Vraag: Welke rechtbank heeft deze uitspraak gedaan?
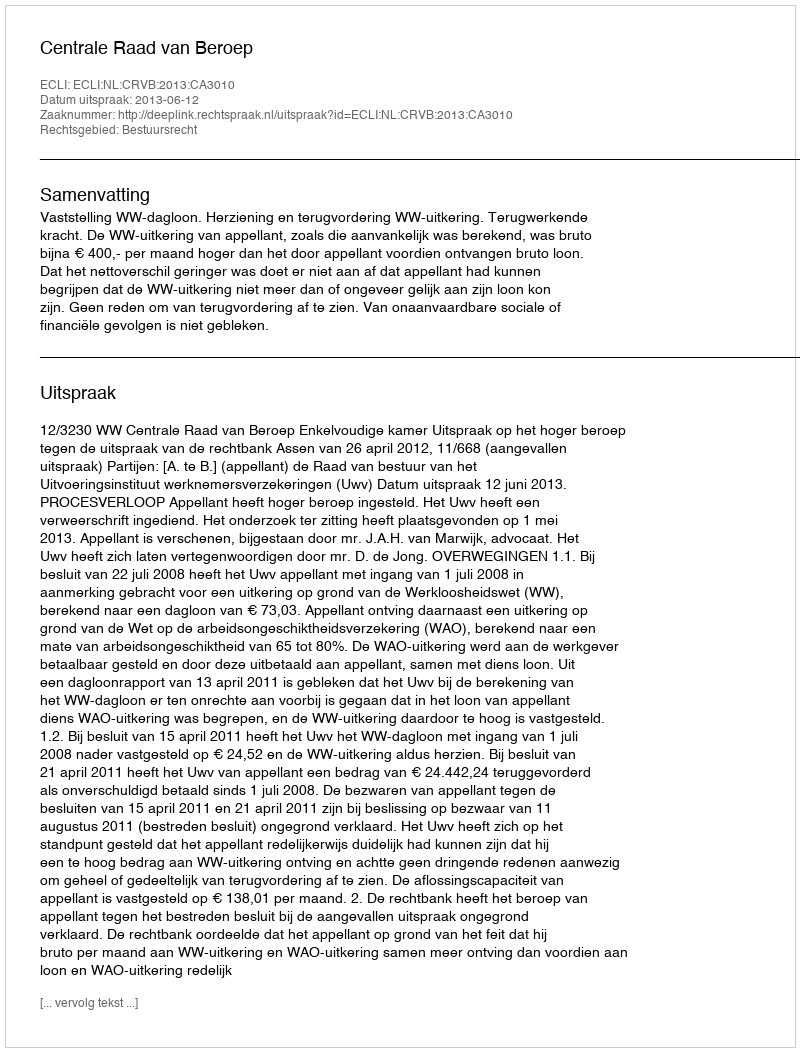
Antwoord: Centrale Raad van Beroep